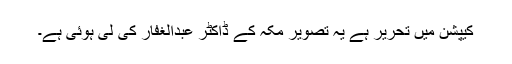
کیپشن میں تحریر ہے یہ تصویر مکہ کے ڈاکٹر عبدالغفار کی لی ہوئی ہے۔